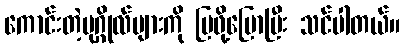
ကောင်းတဲ့ပုဂ္ဂိုလ်များကို ပြဖို့ပြောပြီး သင်ပါတယ်။